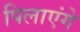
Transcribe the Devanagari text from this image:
पिलाएंगे